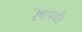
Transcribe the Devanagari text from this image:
रेषांपर्यंत